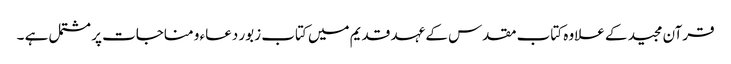
قرآن مجید کے علاوہ کتاب مقدس کے عہد قدیم میں کتاب زبور دعاء و مناجات پر مشتمل ہے ۔